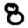
Digit: 8